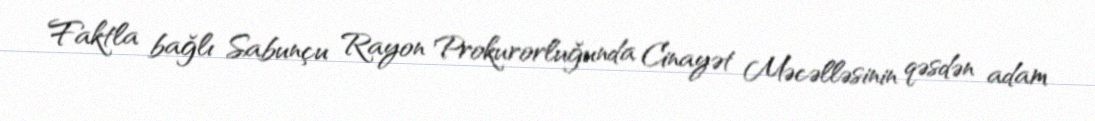
Faktla bağlı Sabunçu Rayon Prokurorluğunda Cinayət Məcəlləsinin qəsdən adam